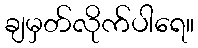
ချမှတ်လိုက်ပါရေ။